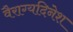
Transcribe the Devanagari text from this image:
वैराग्यदिनेश